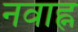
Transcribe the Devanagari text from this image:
नवाह्न